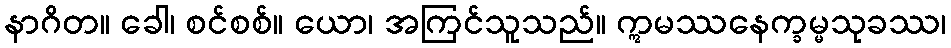
နာဂိတ။ ခေါ၊ စင်စစ်။ ယော၊ အကြင်သူသည်။ ဣမဿနေက္ခမ္မသုခဿ၊